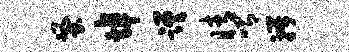
蚤埠蹉睛喟瓣